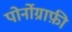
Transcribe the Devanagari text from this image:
पोर्नोग्राफ़ी